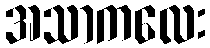
အသာကလေး